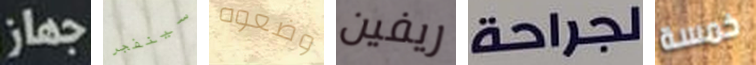
جهاز سينفجر وضعوه ريفين لجراحة خمسة